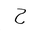
Letter: _ha